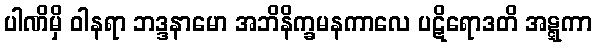
ပါဏိမှိ ဝါနရာ ဘဒ္ဒနာမော အဘိနိက္ခမနကာလေ ပဋိရောဒတိ အဋ္ဋကာ